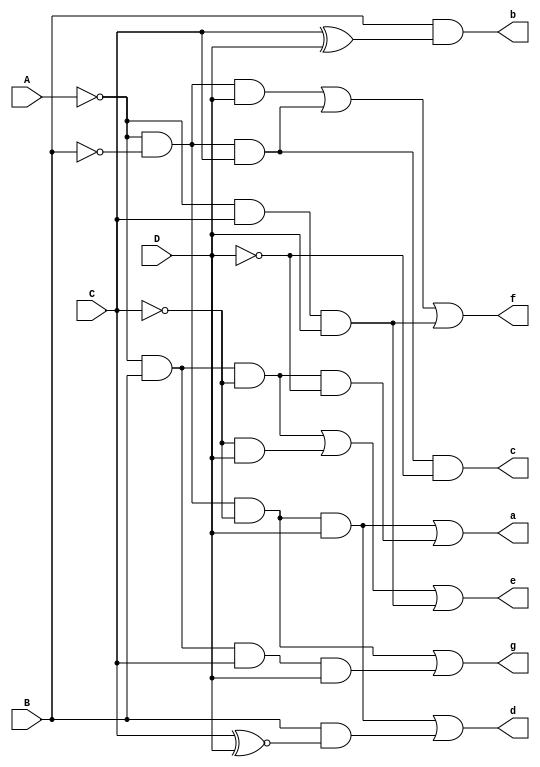
//decodificador do display de 7 segmentos de maneira comportamental
module decodificador(A,B,C,D,a,b,c,d,e,f,g);//variaveis de entradas e saidas

input A,B,C,D; //entradas
output a,b,c,d,e,f,g; //saidas

//os resultados foram obtidos via mapa K para cada caso de saida
assign a = ~A & ~B & ~C & D | ~A & B & ~C & ~D;
assign b = B & (C ^D);
assign c = (~A) & (~B) & C & (~D);
assign d = ~A & ~B & ~C & D | B & (C ~^ D);
assign e = ~A & B & ~C | ~C & D | ~A & C & D;
assign f = ~A & ~B & D | ~A & ~B & C | ~A & C &D;
assign g = ~A & ~B & ~C | ~A & B & C &D;
endmodule